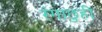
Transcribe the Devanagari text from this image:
रंगाछुही